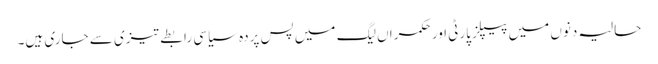
حالیہ دنوں میں پیپلز پارٹی اور حکمراں لیگ میں پس پردہ سیاسی رابطے تیزی سے جاری ہیں۔